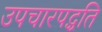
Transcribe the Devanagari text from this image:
उपचारपद्धति